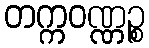
တက္ကဝဏ္ဏဉ္စ